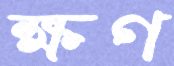
ক্ষণ